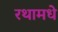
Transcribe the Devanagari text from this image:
रथामधे